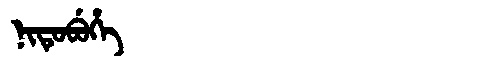
Manchu: ᠨᡳᡨᡠᠪᡠᡥᡝ
Romanization: NITUBUHE